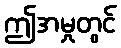
ဤအမှုတွင်